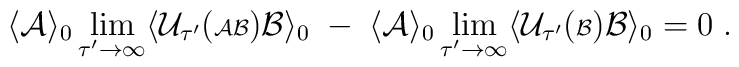
\langle {\cal A} \rangle_0  \lim_{\tau^\prime \rightarrow \infty}\langle {\cal U}_{\tau^\prime} ( {\scriptstyle {\cal AB}}){\cal B} \rangle_0 \; - \; \langle {\cal A} \rangle_0\lim_{\tau^\prime \rightarrow \infty}\langle {\cal U}_{\tau^\prime} ( {\scriptstyle {\cal B}}){\cal B} \rangle_0 = 0 \; .